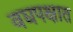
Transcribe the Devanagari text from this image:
वद्यपक्षात